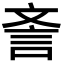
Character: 𣁎